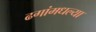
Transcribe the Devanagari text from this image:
ढगांमधल्या